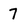
Character: 7